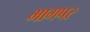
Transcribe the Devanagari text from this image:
भागपर